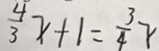
\frac { 4 } { 3 } x + 1 = \frac { 3 } { 4 } x